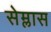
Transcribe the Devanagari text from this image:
सेम्लास